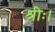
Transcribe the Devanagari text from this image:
श्रीः।